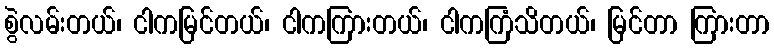
စွဲလမ်းတယ်၊ ငါကမြင်တယ်၊ ငါကကြားတယ်၊ ငါကကြံသိတယ်၊ မြင်တာ ကြားတာ